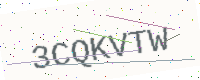
Text: 3CQKVTW